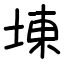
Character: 埬